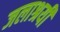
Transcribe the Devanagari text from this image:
जलाश्रयी